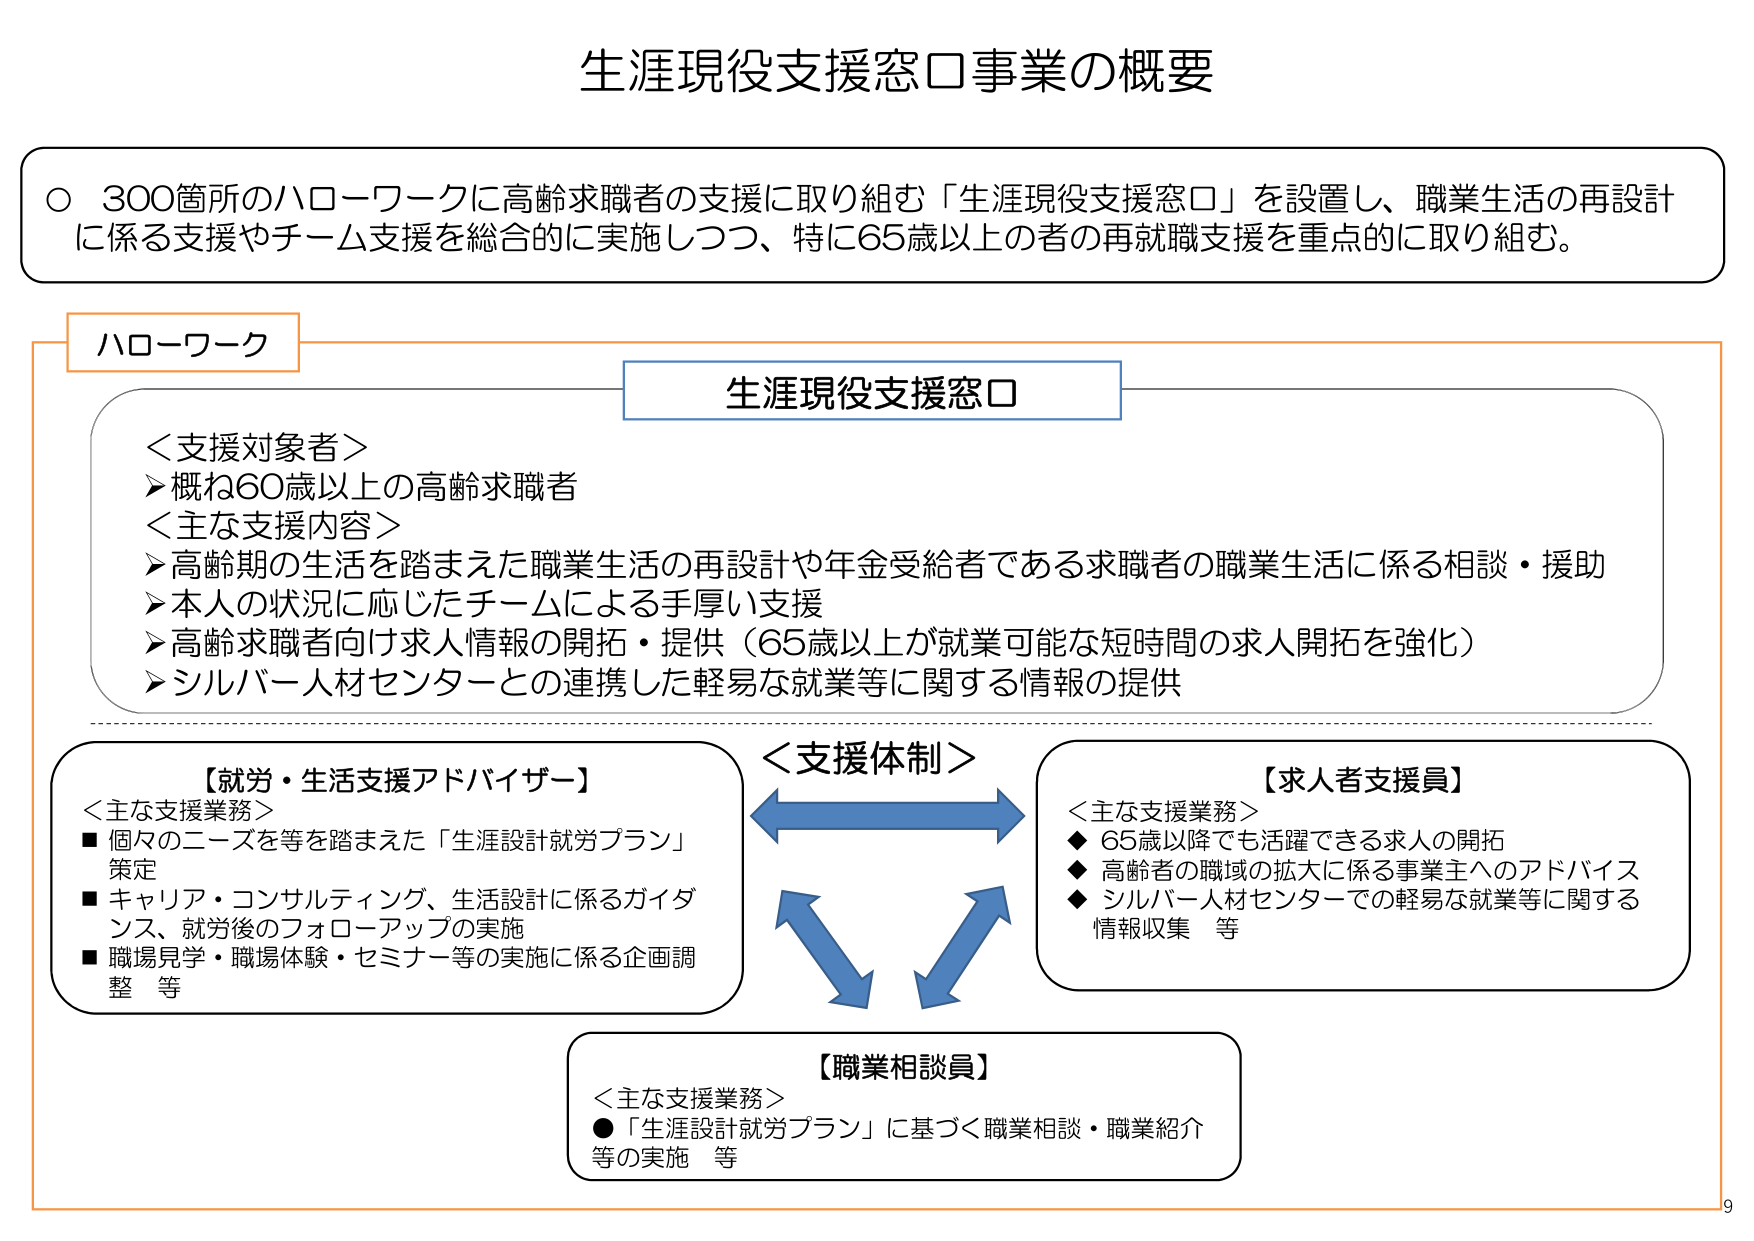
生涯現役支援窓口事業の概要

○ 300箇所のハローワークに高齢求職者の支援に取り組む「生涯現役支援窓口」を設置し、職業生活の再設計に係る支援やチーム支援を総合的に実施しつつ、特に65歳以上の者の再就職支援を重点的に取り組む。

ハローワーク

生涯現役支援窓口

＜支援対象者＞
➤ 概ね60歳以上の高齢求職者

＜主な支援内容＞
➤ 高齢期の生活を踏まえた職業生活の再設計や年金受給者である求職者の職業生活に係る相談・援助
➤ 本人の状況に応じたチームによる手厚い支援
➤ 高齢求職者向け求人情報の開拓・提供（65歳以上が就業可能な短時間の求人開拓を強化）
➤ シルバー人材センターとの連携した軽易な就業等に関する情報の提供

＜支援体制＞

【就労・生活支援アドバイザー】
＜主な支援業務＞
■ 個々のニーズを等を踏まえた「生涯設計就労プラン」策定
■ キャリア・コンサルティング、生活設計に係るガイダンス、就労後のフォローアップの実施
■ 職場見学・職場体験・セミナー等の実施に係る企画調整 等

【求人者支援員】
＜主な支援業務＞
◆ 65歳以降でも活躍できる求人の開拓
◆ 高齢者の職域の拡大に係る事業主へのアドバイス
◆ シルバー人材センターでの軽易な就業等に関する情報収集 等

【職業相談員】
＜主な支援業務＞
● 「生涯設計就労プラン」に基づく職業相談・職業紹介等の実施 等

9